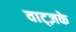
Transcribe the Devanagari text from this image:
वाट्ज़के